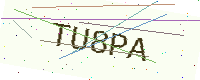
Text: TU8PA